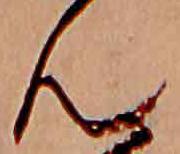
ん